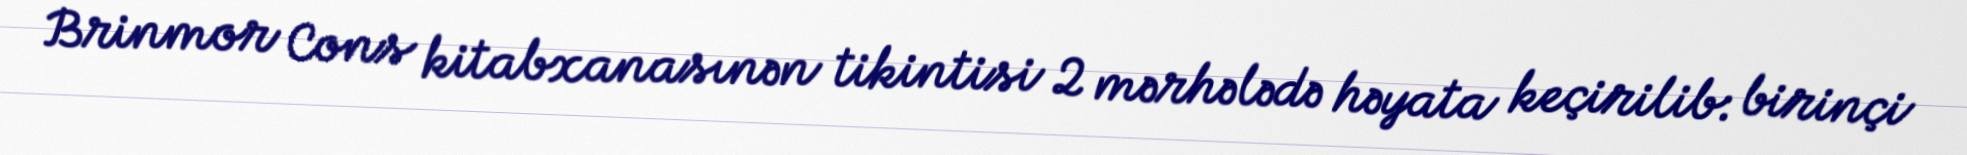
Brinmor Cons kitabxanasınən tikintisi 2 mərhələdə həyata keçirilib: birinçi